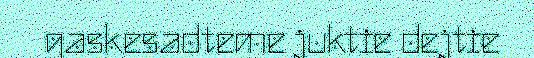
gaskesadteme juktie dejtie